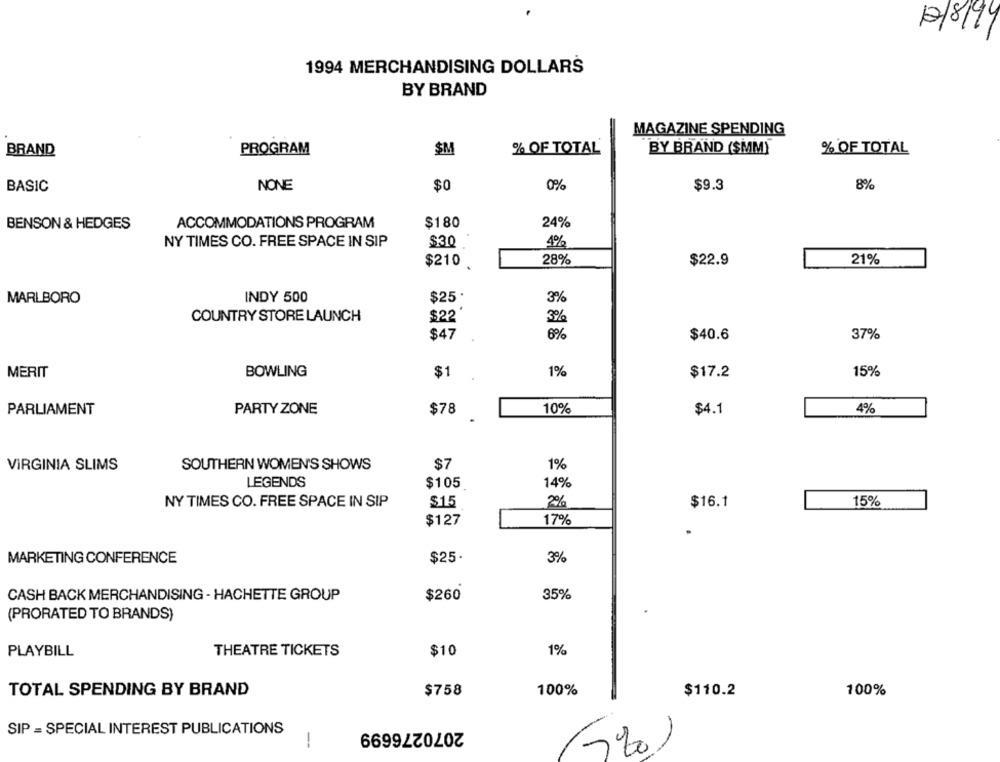
12/8/94
1994 MERCHANDISING DOLLARS
BY BRAND
MAGAZINE SPENDING
BRAND
PROGRAM
$M
% OF TOTAL
BY BRAND ($MM)
% OF TOTAL
BASIC
NONE
$0
0%
$9.3
8%
BENSON & HEDGES
ACCOMMODATIONS PROGRAM
$180
24%
NY TIMES CO. FREE SPACE IN SIP
$30
4%
$210.
28%
$22.9
21%
$25.
MARLBORO
INDY 500
3%
COUNTRY STORE LAUNCH
$22
3%
$47
6%
$40.6
37%
MERIT
BOWLING
$1
1%
$17.2
15%
PARLIAMENT
PARTY ZONE
$78
10%
$4.1
4%
$7
1%
VIRGINIA SLIMS
SOUTHERN WOMEN'S SHOWS
LEGENDS
$105
14%
NY TIMES CO. FREE SPACE IN SIP
$15
2%
$16.1
15%
$127
17%
MARKETING CONFERENCE
$25.
3%
CASH BACK MERCHANDISING - HACHETTE GROUP
$260
35%
(PRORATED TO BRANDS)
PLAYBILL
THEATRE TICKETS
$10
1%
TOTAL SPENDING BY BRAND
$758
100%
$110.2
100%
2070276699
SIP = SPECIAL INTEREST PUBLICATIONS
-